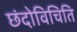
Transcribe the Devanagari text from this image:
छंदोविचिति